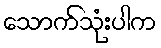
သောက်သုံးပါက